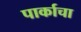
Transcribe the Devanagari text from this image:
पार्काचा